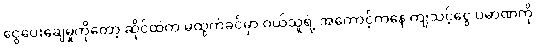
ငွေပေးချေမှုကိုတော့ ဆိုင်ထဲက မထွက်ခင်မှာ ဝယ်သူရဲ့ အကောင့်ကနေ ကျသင့်ငွေ ပမာဏကို